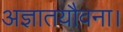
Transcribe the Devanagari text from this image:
अज्ञातयौवना।